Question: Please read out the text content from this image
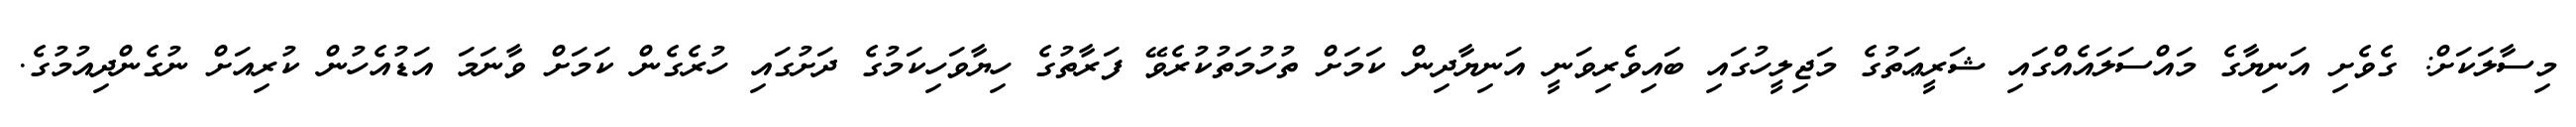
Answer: މިސާލަކަށް: ގެވެށި އަނިޔާގެ މައްސަލައެއްގައި ޝަރީޢަތުގެ މަޖިލީހުގައި ބައިވެރިވަނީ އަނިޔާދިން ކަމަށް ތުހުމަތުކުރެވޭ ފަރާތުގެ ހިޔާވަހިކަމުގެ ދަށުގައި ހުރެގެން ކަމަށް ވާނަމަ އަޑުއެހުން ކުރިއަށް ނުގެންދިއުމުގެ.